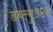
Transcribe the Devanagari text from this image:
डब्ल्यु१२३